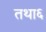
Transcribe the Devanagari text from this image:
तथा६